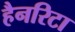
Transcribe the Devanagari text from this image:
हैनरिटा